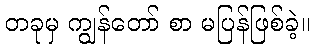
တခုမှ ကျွန်တော် စာ မပြန်ဖြစ်ခဲ့။